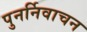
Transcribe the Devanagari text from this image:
पुनर्निवाचन